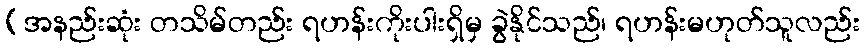
(အနည်းဆုံး တသိမ်တည်း ရဟန်းကိုးပါးရှိမှ ခွဲနိုင်သည်၊ ရဟန်းမဟုတ်သူလည်း